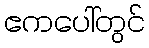
ဧကပေါ်တွင်